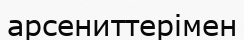
арсениттерімен